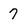
Character: 7